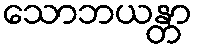
သောဘယန္တာ